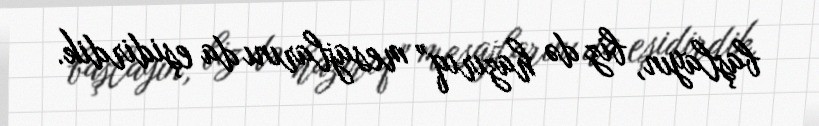
başlayın, biz də hazırıq” mesajlarını da eşidirdik.